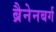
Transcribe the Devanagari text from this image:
ब्रैनेनबर्ग